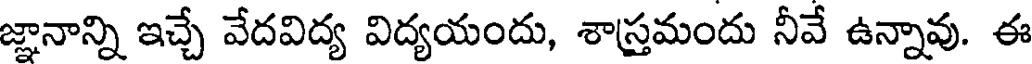
జ్ఞానాన్ని ఇచ్చే వేదవిద్య విద్యయందు, శాస్రమందు నీవే ఉన్నావు. ఈ